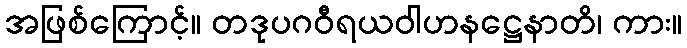
အဖြစ်ကြောင့်။ တဒုပဂဝီရယဝါဟနဋ္ဌေနာတိ၊ ကား။